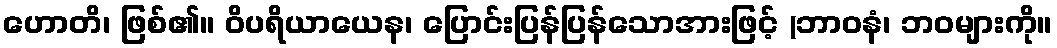
ဟောတိ၊ ဖြစ်၏။ ဝိပရိယာယေန၊ ပြောင်းပြန်ပြန်သောအားဖြင့် (ဘာဝနံ၊ ဘဝများကို။